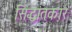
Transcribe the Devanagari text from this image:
सिंद्धांतकार